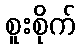
စူးစိုက်